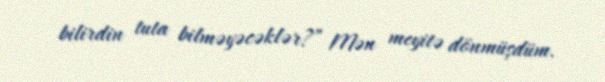
bilirdin tuta bilməyəcəklər?” Mən meyitə dönmüşdüm.